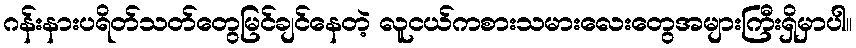
ဂန်းနားပရိတ်သတ်တွေမြင်ချင်နေတဲ့ လူငယ်ကစားသမားလေးတွေအများကြီးရှိမှာပါ။